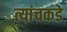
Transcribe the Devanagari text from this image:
त्यांचकडे